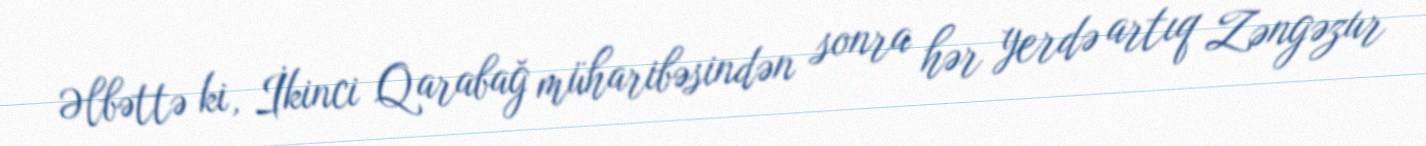
Əlbəttə ki, İkinci Qarabağ müharibəsindən sonra hər yerdə artıq Zəngəzur